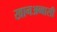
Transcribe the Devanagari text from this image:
खानअब्बासी